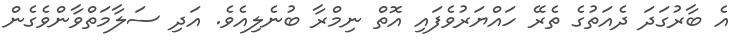
އެ ބާރުގަދަ ދެއަތުގެ ތެރޭ ހައްޔަރުވެފައި އޮތް ނިމްރާ ބުނެލިއެވެ. އަދި ސަލާމަތްވާންވެގެން